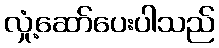
လှုံ့ဆော်ပေးပါသည်